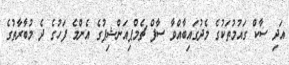
އަދި ސާކް ގައުމުތަކުގެ މެދުގައިބާއްވާ ސާފް ޗެމްޕިއަންޝިޕުގެ އެންމެ ފަހުގެ ދެ މުބާރާތުގެ